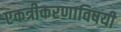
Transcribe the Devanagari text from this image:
एकत्रीकरणाविषयी